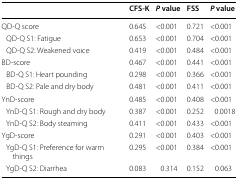
|  | CFS-K | P value | FSS | P value |
 | --- | --- | --- | --- | --- |
 | QD-Q score | 0.645 | <0.001 | 0.721 | <0.001 |
 | QD-Q S1: Fatigue | 0.653 | <0.001 | 0.704 | <0.001 |
 | QD-Q S2: Weakened voice | 0.419 | <0.001 | 0.484 | <0.001 |
 | BD-score | 0.467 | <0.001 | 0.441 | <0.001 |
 | BD-Q S1: Heart pounding | 0.298 | <0.001 | 0.366 | <0.001 |
 | BD-Q S2: Pale and dry body | 0.481 | <0.001 | 0.411 | <0.001 |
 | YnD-score | 0.485 | <0.001 | 0.408 | <0.001 |
 | YnD-Q S1: Rough and dry body | 0.387 | <0.001 | 0.252 | 0.0018 |
 | YnD-Q S2: Body steaming | 0.411 | <0.001 | 0.433 | <0.001 |
 | YgD-score | 0.291 | <0.001 | 0.403 | <0.001 |
 | YgD-Q S1: Preference for warm things | 0.295 | <0.001 | 0.384 | <0.001 |
 | YgD-Q S2: Diarrhea | 0.083 | 0.314 | 0.152 | 0.063 |